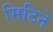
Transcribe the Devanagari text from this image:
मिटिने